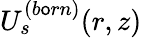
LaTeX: U_{s}^{(b\mathsf{o}rn)}(r,z)